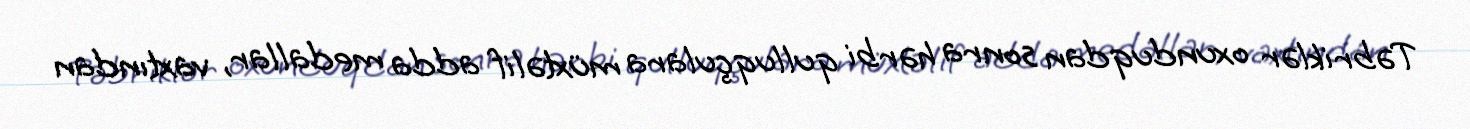
Təbriklər oxunduqdan sonra hərbi qulluqçulara müxtəlif adda medallar, vaxtından